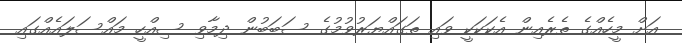
އަށް މީހެއްގެ ތެރެއިން އެކަކަކީ ވައި ތަގައްޔަރުވުމުގެ ސަބަބުން ދިމާވި ސިއްހީ މައްސަލައެއްގައި